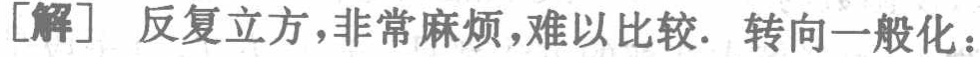
[解] 反复立方，非常麻烦，难以比较. 转向一般化：